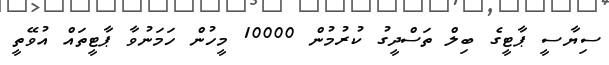
ސިޔާސީ ޕާޓީގެ ބިލް ތަސްދީގު ކުރުމުން 10000 މީހުން ހަމަނުވާ ޕާޓީތައް އުވޭތީ